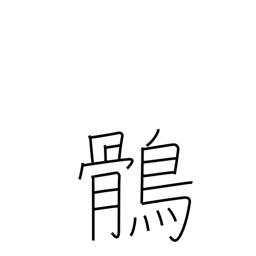
Meaning: eagle